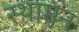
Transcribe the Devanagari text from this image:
स्थामन